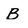
Character: B